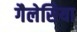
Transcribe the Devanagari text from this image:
गैलेसिया